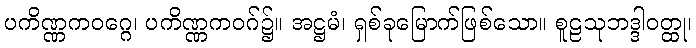
ပကိဏ္ဏကဝဂ္ဂေ၊ ပကိဏ္ဏကဝဂ်၌။ အဋ္ဌမံ၊ ရှစ်ခုမြောက်ဖြစ်သော။ စူဠသုဘဒ္ဒါဝတ္ထု၊